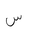
Letter: _sin